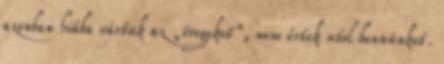
azonban hiába vártuk az „öregeket”, nem értek utol bennünket.